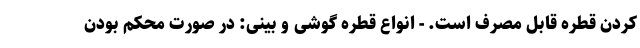
کردن قطره قابل مصرف است. - انواع قطره گوشی و بینی: در صورت محکم بودن